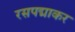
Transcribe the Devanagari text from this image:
रसपद्माकर